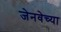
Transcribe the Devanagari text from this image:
जेनवेच्या